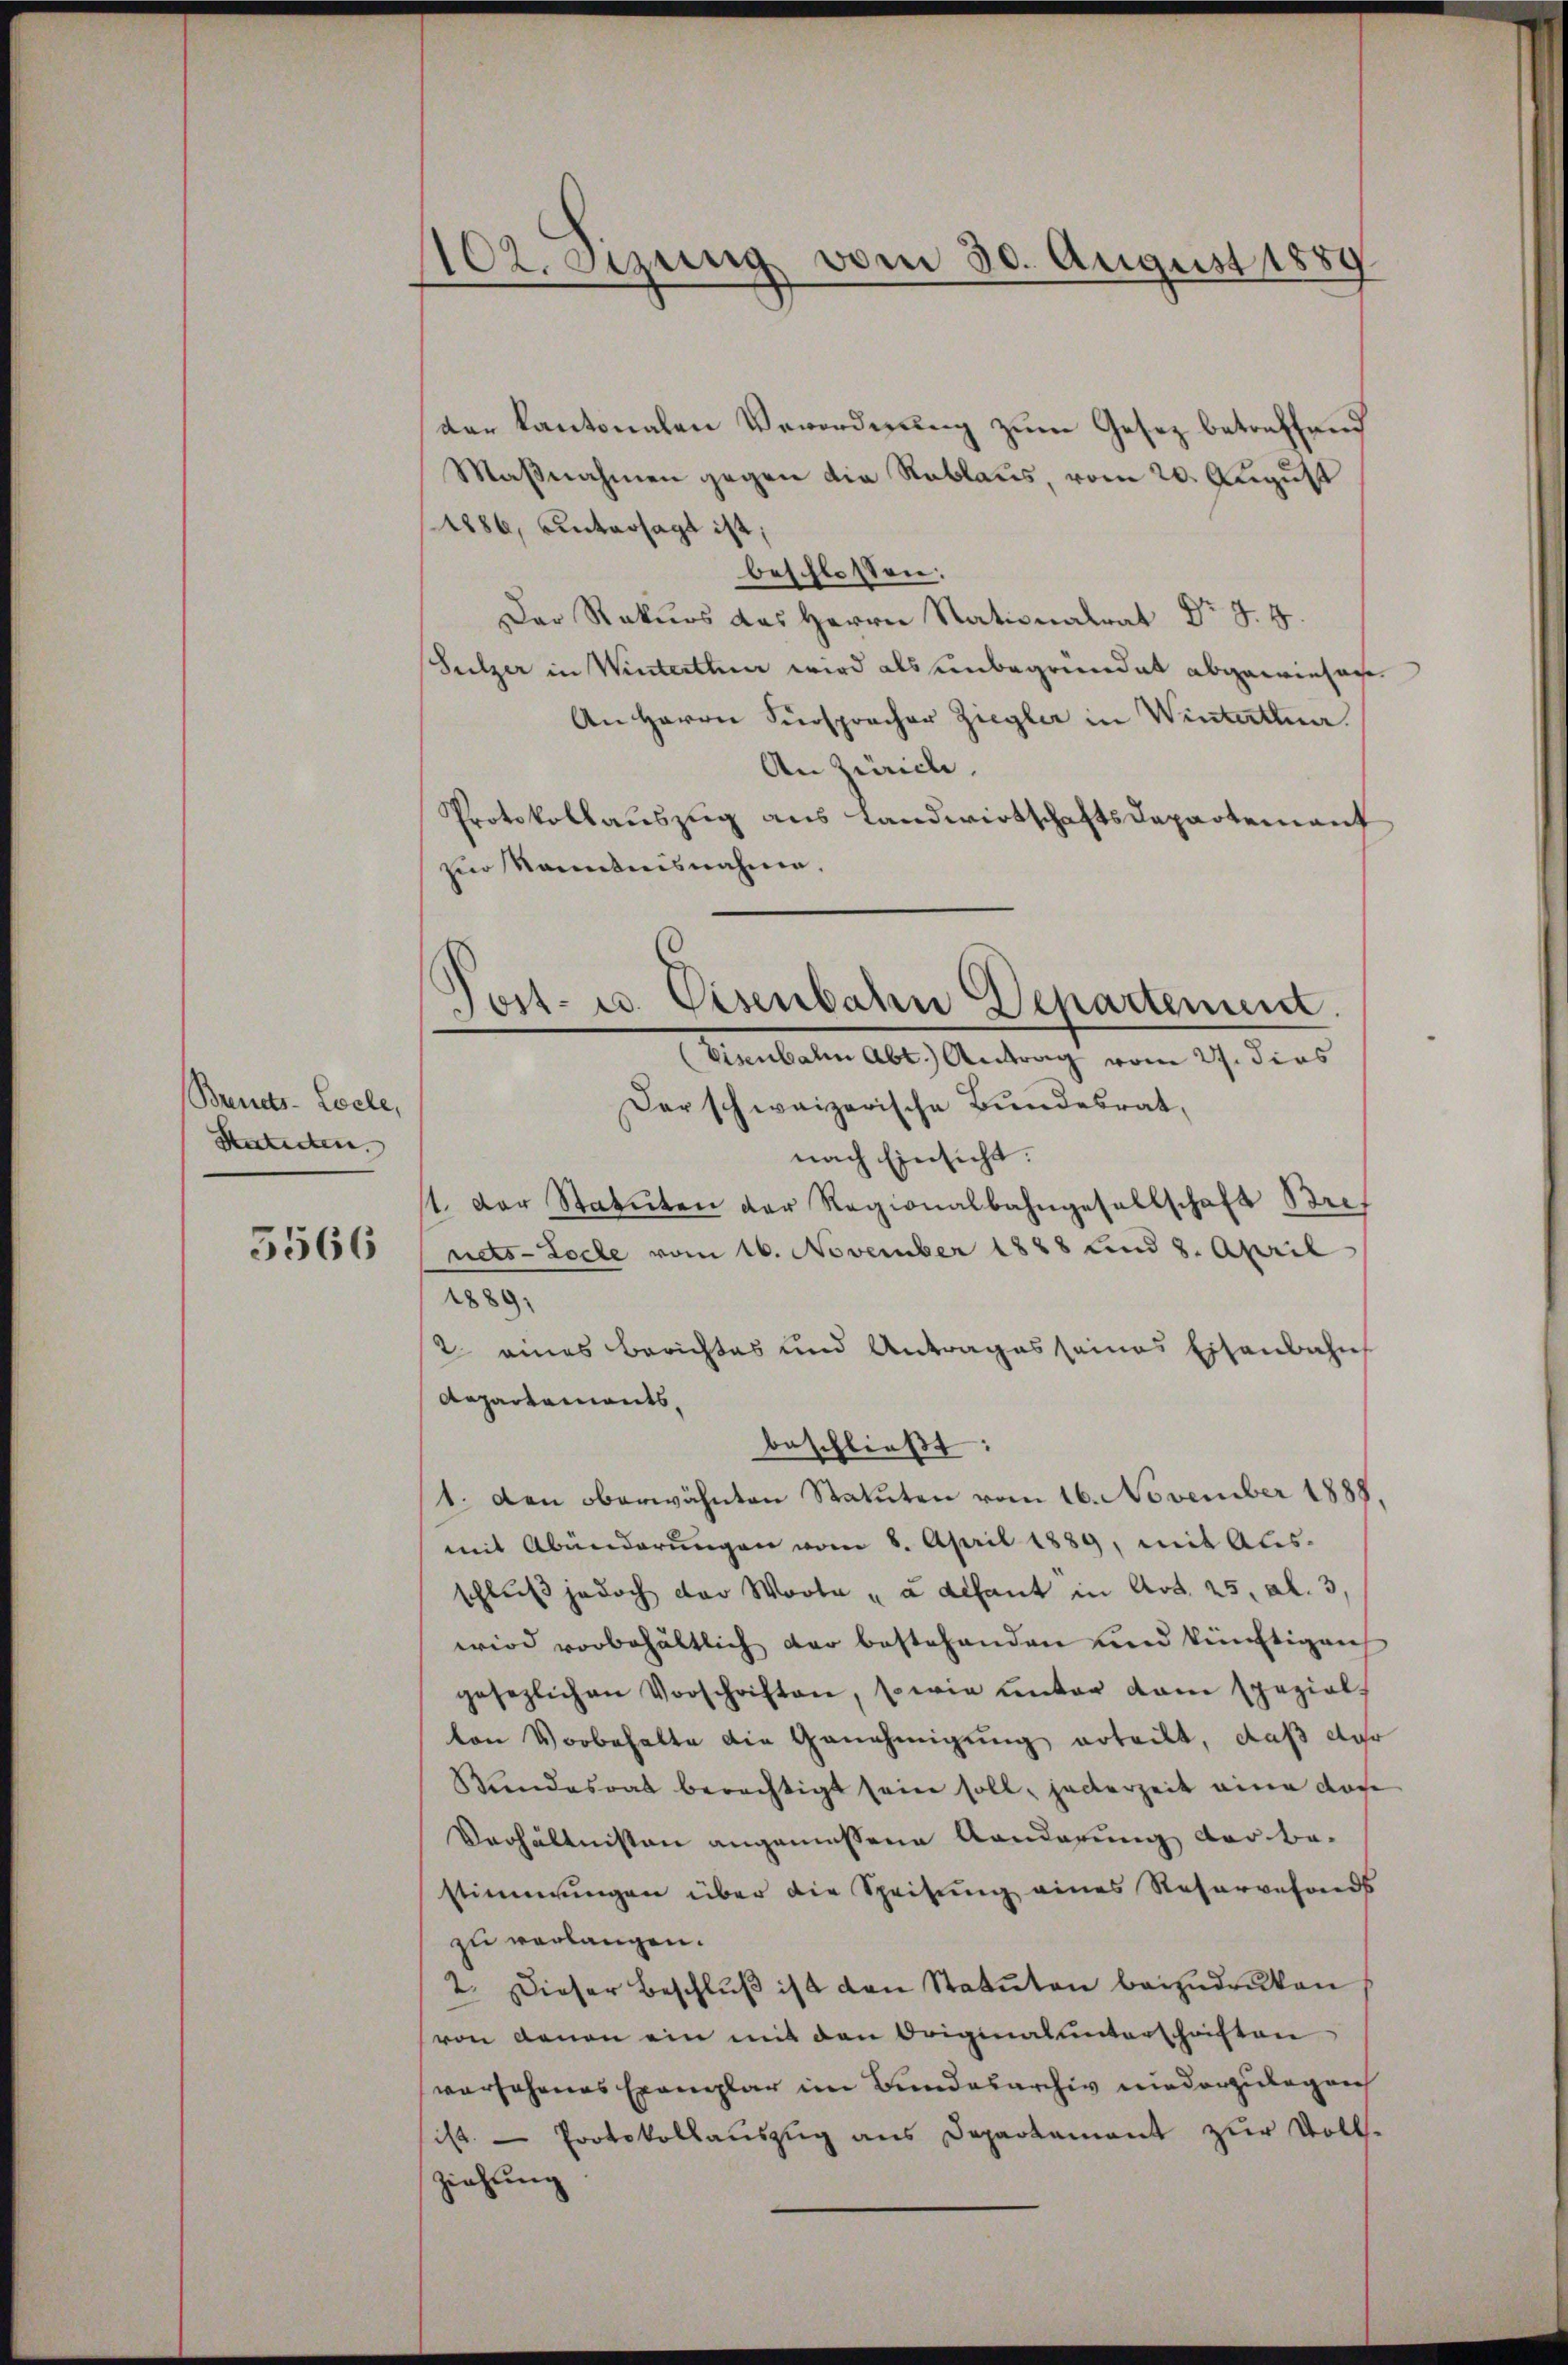
Brinets-Locle,
Statuten.
5566

1102. Sizung vom 30. August 1889

ter kantonalen Verordnung zum Gesez betreffend
Maßnahmen gegen die Rablaus, vom 20. August
1886, untersagt ist;
beschlossen:
Der Rekurs des Herrn Nationalrat Dr J. H.
Sulzer in Winterthun wird als unbegründet abgewiesen
An Herrn Fürspracher Ziegler in Winterthue.
An Zürich.
Protokollauszug aus Landwirtschaftsdepartement
zur Kenntnisnahme.
Der schweizerische Bundesrat,
nach Einsicht.
st. Der Statuten der Regionalbahngesellschaft Bref
nets-Loche vom 16. November 1888 und 8. April
1889,
2 eines Berichtes und Antrages seines Eisenbahn
Aepartements,
beschlieβt:
1. den oberwähnten Statuten vom 16. November 1888.
mit Abänderŭngen vom 8. April 1889, mit Aus-
schluß jedoch der Worte „à défaut in Art. 25, Al. 3
wird vorbehältlich der bestehenden und künftigen
gesezlichen Vorschriften, sowie ŭnter dem spezial-
ton Vorbehalte die Genehmigung erteilt, daß der
Rundesrat berechtigt seine soll, acterzeit eine doce
Verhältnissen angemessene Kanderung der bestimmungen über die Speisung eines Reservefonds
zu verlangen.
2. Dieser Beschlŭβ ist den Statuten beizudruken
(von denen ein mit den Originalunterschriften
vorsehenes Exemplar im Bundesarchiv niederzulegen
ist. — Protokollauszug aus Departement zur Voll-
ziehung

Post- u. Eisenbahn Departement.
(Eisenbahn Abt.) Antrag vom 27. dies